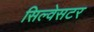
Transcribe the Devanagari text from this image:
सिल्वेसटर